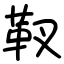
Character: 靫